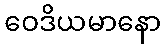
ဝေဒိယမာနော